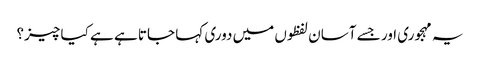
یہ مہجوری اور جسے آسان لفظوں میں دوری کہا جاتا ہے ہے کیا چیز؟